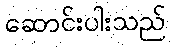
ဆောင်းပါးသည်